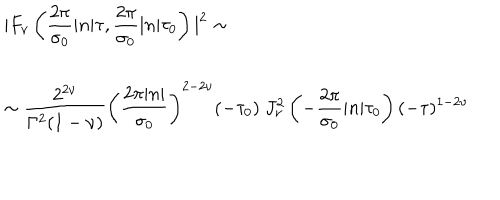
\begin{array} { l } { { { \displaystyle | F _ { \nu } \left( \frac { 2 \pi } { \sigma _ { 0 } } | n | \tau , \frac { 2 \pi } { \sigma _ { 0 } } | n | \tau _ { 0 } \right) | ^ { 2 } \sim } } } \\ { { \sim { \displaystyle \frac { 2 ^ { 2 \nu } } { \Gamma ^ { 2 } ( 1 - \nu ) } \left( \frac { 2 \pi | n | } { \sigma _ { 0 } } \right) ^ { 2 - 2 \nu } ( - \tau _ { 0 } ) ~ J _ { \nu } ^ { 2 } \left( - \frac { 2 \pi } { \sigma _ { 0 } } | n | \tau _ { 0 } \right) ( - \tau ) ^ { 1 - 2 \nu } } } } \\ \end{array}